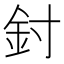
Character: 𨥇